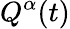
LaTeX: Q^{\alpha}(t)